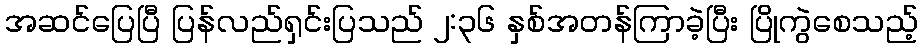
အဆင်ပြေပြီ ပြန်လည်ရှင်းပြသည် ၂:၃၆ နှစ်အတန်ကြာခဲ့ပြီး ပြိုကွဲစေသည့်